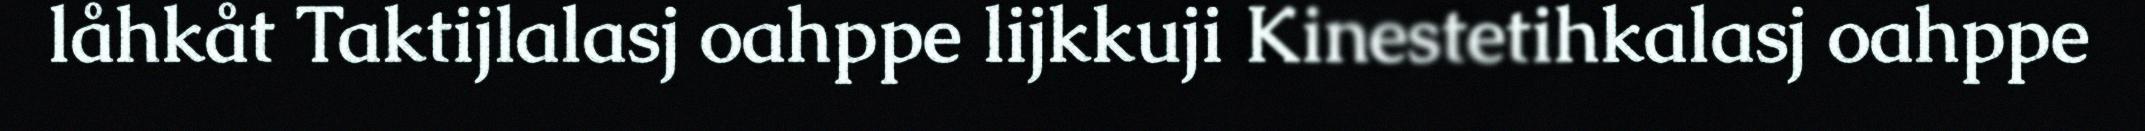
låhkåt Taktijlalasj oahppe lijkkuji Kinestetihkalasj oahppe